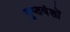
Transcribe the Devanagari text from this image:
गुप्तवंशों